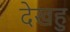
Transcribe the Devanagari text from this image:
देखहु